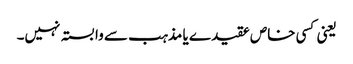
یعنی کسی خاص عقیدے یا مذہب سے وابستہ نہیں۔